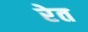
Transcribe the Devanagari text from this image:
रेेत